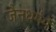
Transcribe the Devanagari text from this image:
जैनधर्ममें